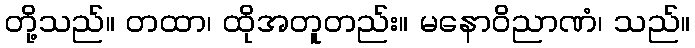
တို့သည်။ တထာ၊ ထိုအတူတည်း။ မနောဝိညာဏံ၊ သည်။